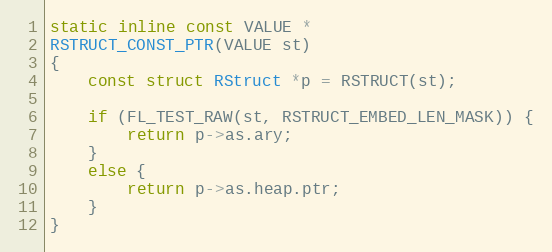
Language: C
static inline const VALUE *
RSTRUCT_CONST_PTR(VALUE st)
{
    const struct RStruct *p = RSTRUCT(st);

    if (FL_TEST_RAW(st, RSTRUCT_EMBED_LEN_MASK)) {
        return p->as.ary;
    }
    else {
        return p->as.heap.ptr;
    }
}